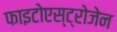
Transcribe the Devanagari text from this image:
फाइटोएस्ट्रोजेन